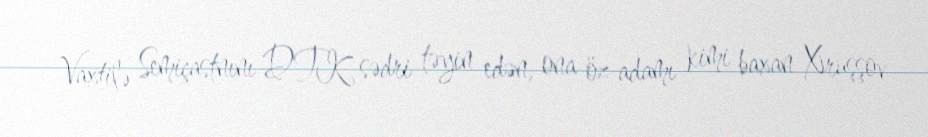
Vaxtilə Semiçastnını DTK sədri təyin edən, ona öz adamı kimi baxan Xruşşov